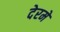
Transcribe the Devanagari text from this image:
देरमें